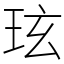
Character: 玹